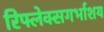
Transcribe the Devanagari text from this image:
रिफ्लेक्सगर्भाशय